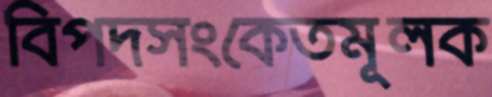
বিপদসংকেতমূলক